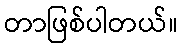
တာဖြစ်ပါတယ်။